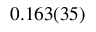
0 . 1 6 3 ( 3 5 )